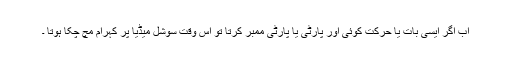
اب اگر ایسی بات یا حرکت کوئی اور پارٹی یا پارٹی ممبر کرتا تو اس وقت سوشل میڈیا پر کہرام مچ چکا ہوتا ۔